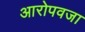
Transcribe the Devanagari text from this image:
आरोपवजा